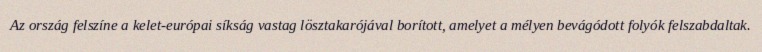
Az ország felszíne a kelet-európai síkság vastag lösztakarójával borított, amelyet a mélyen bevágódott folyók felszabdaltak.